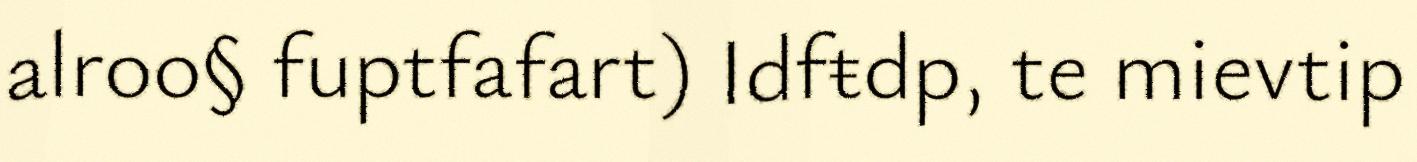
alroo§ fuptfafart) Idfŧdp, te mievtip